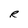
Character: R